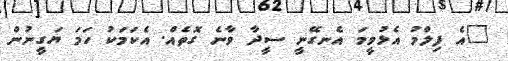
"އެ ފިލްމު އެޅުވީމަ އެނގޭނީ ސީދާ ވާނެ ގޮތެއް. އެކަމަކު ހަމަ ޔަގީނުން